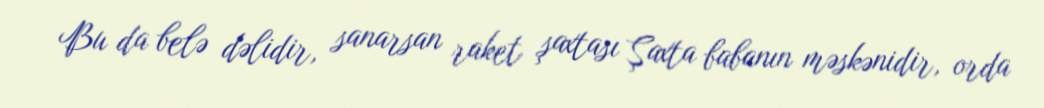
Bu da belə dəlidir, sanarsan raket şaxtası Şaxta babanın məskənidir, orda